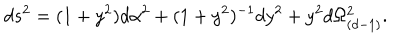
d s ^ { 2 } = ( 1 + y ^ { 2 } ) d \alpha ^ { 2 } + ( 1 + y ^ { 2 } ) ^ { - 1 } d y ^ { 2 } + y ^ { 2 } d \Omega _ { ( d - 1 ) } ^ { 2 } .